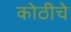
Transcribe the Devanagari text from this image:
कोठीचे